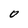
Character: 0